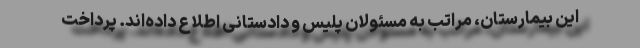
این بیمارستان، مراتب به مسئولان پلیس و دادستانی اطلاع داده‌اند. پرداخت